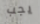
يجب